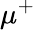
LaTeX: \mu^{+}